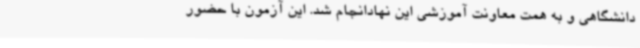
دانشگاهی و به همت معاونت آموزشی این نهادانجام شد. این آزمون با حضور